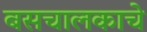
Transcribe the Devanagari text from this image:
बसचालकाचे